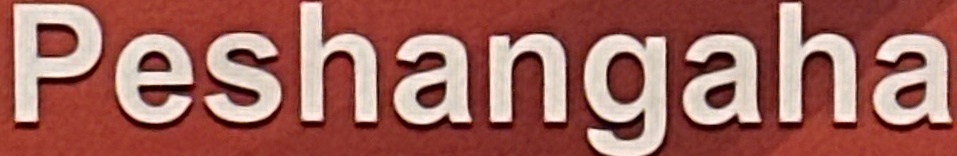
Peshangaha